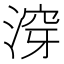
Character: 𱶿